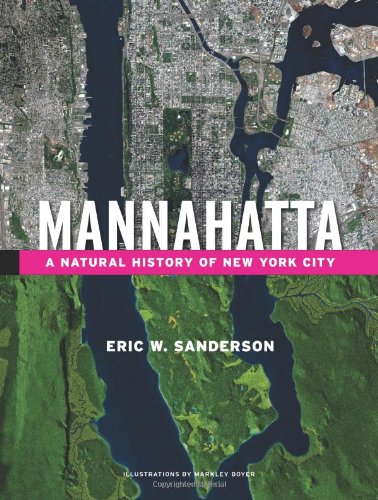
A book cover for Mannahatta: A Natural History of New York City; Eric Sanderson; History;